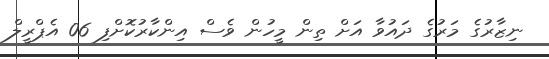
ނިޒާރުގެ މަރުގެ ދައުވާ އަށް ތިން މީހުން ވެސް އިންކާރުކޮށްފި 06 އެޕްރީލް